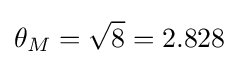
\theta _{M}={\sqrt {8}}=2.828